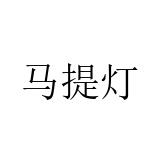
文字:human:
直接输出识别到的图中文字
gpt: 马提灯